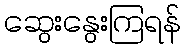
ဆွေးနွေးကြရန်